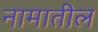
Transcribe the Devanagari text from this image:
नामातील